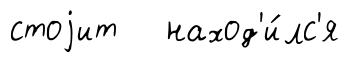
стоjит наход'и́лс'я